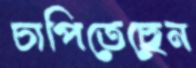
চাপিতেছেন